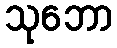
သုဘော